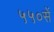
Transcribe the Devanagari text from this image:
५५०सें